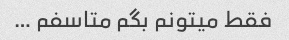
فقط میتونم بگم متاسفم …